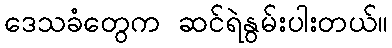
ဒေသခံတွေက ဆင်ရဲနွမ်းပါးတယ်။